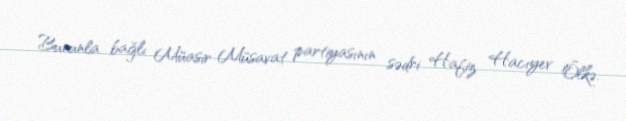
Bununla bağlı Müasir Müsavat partiyasının sədri Hafiz Hacıyev Ölkə.